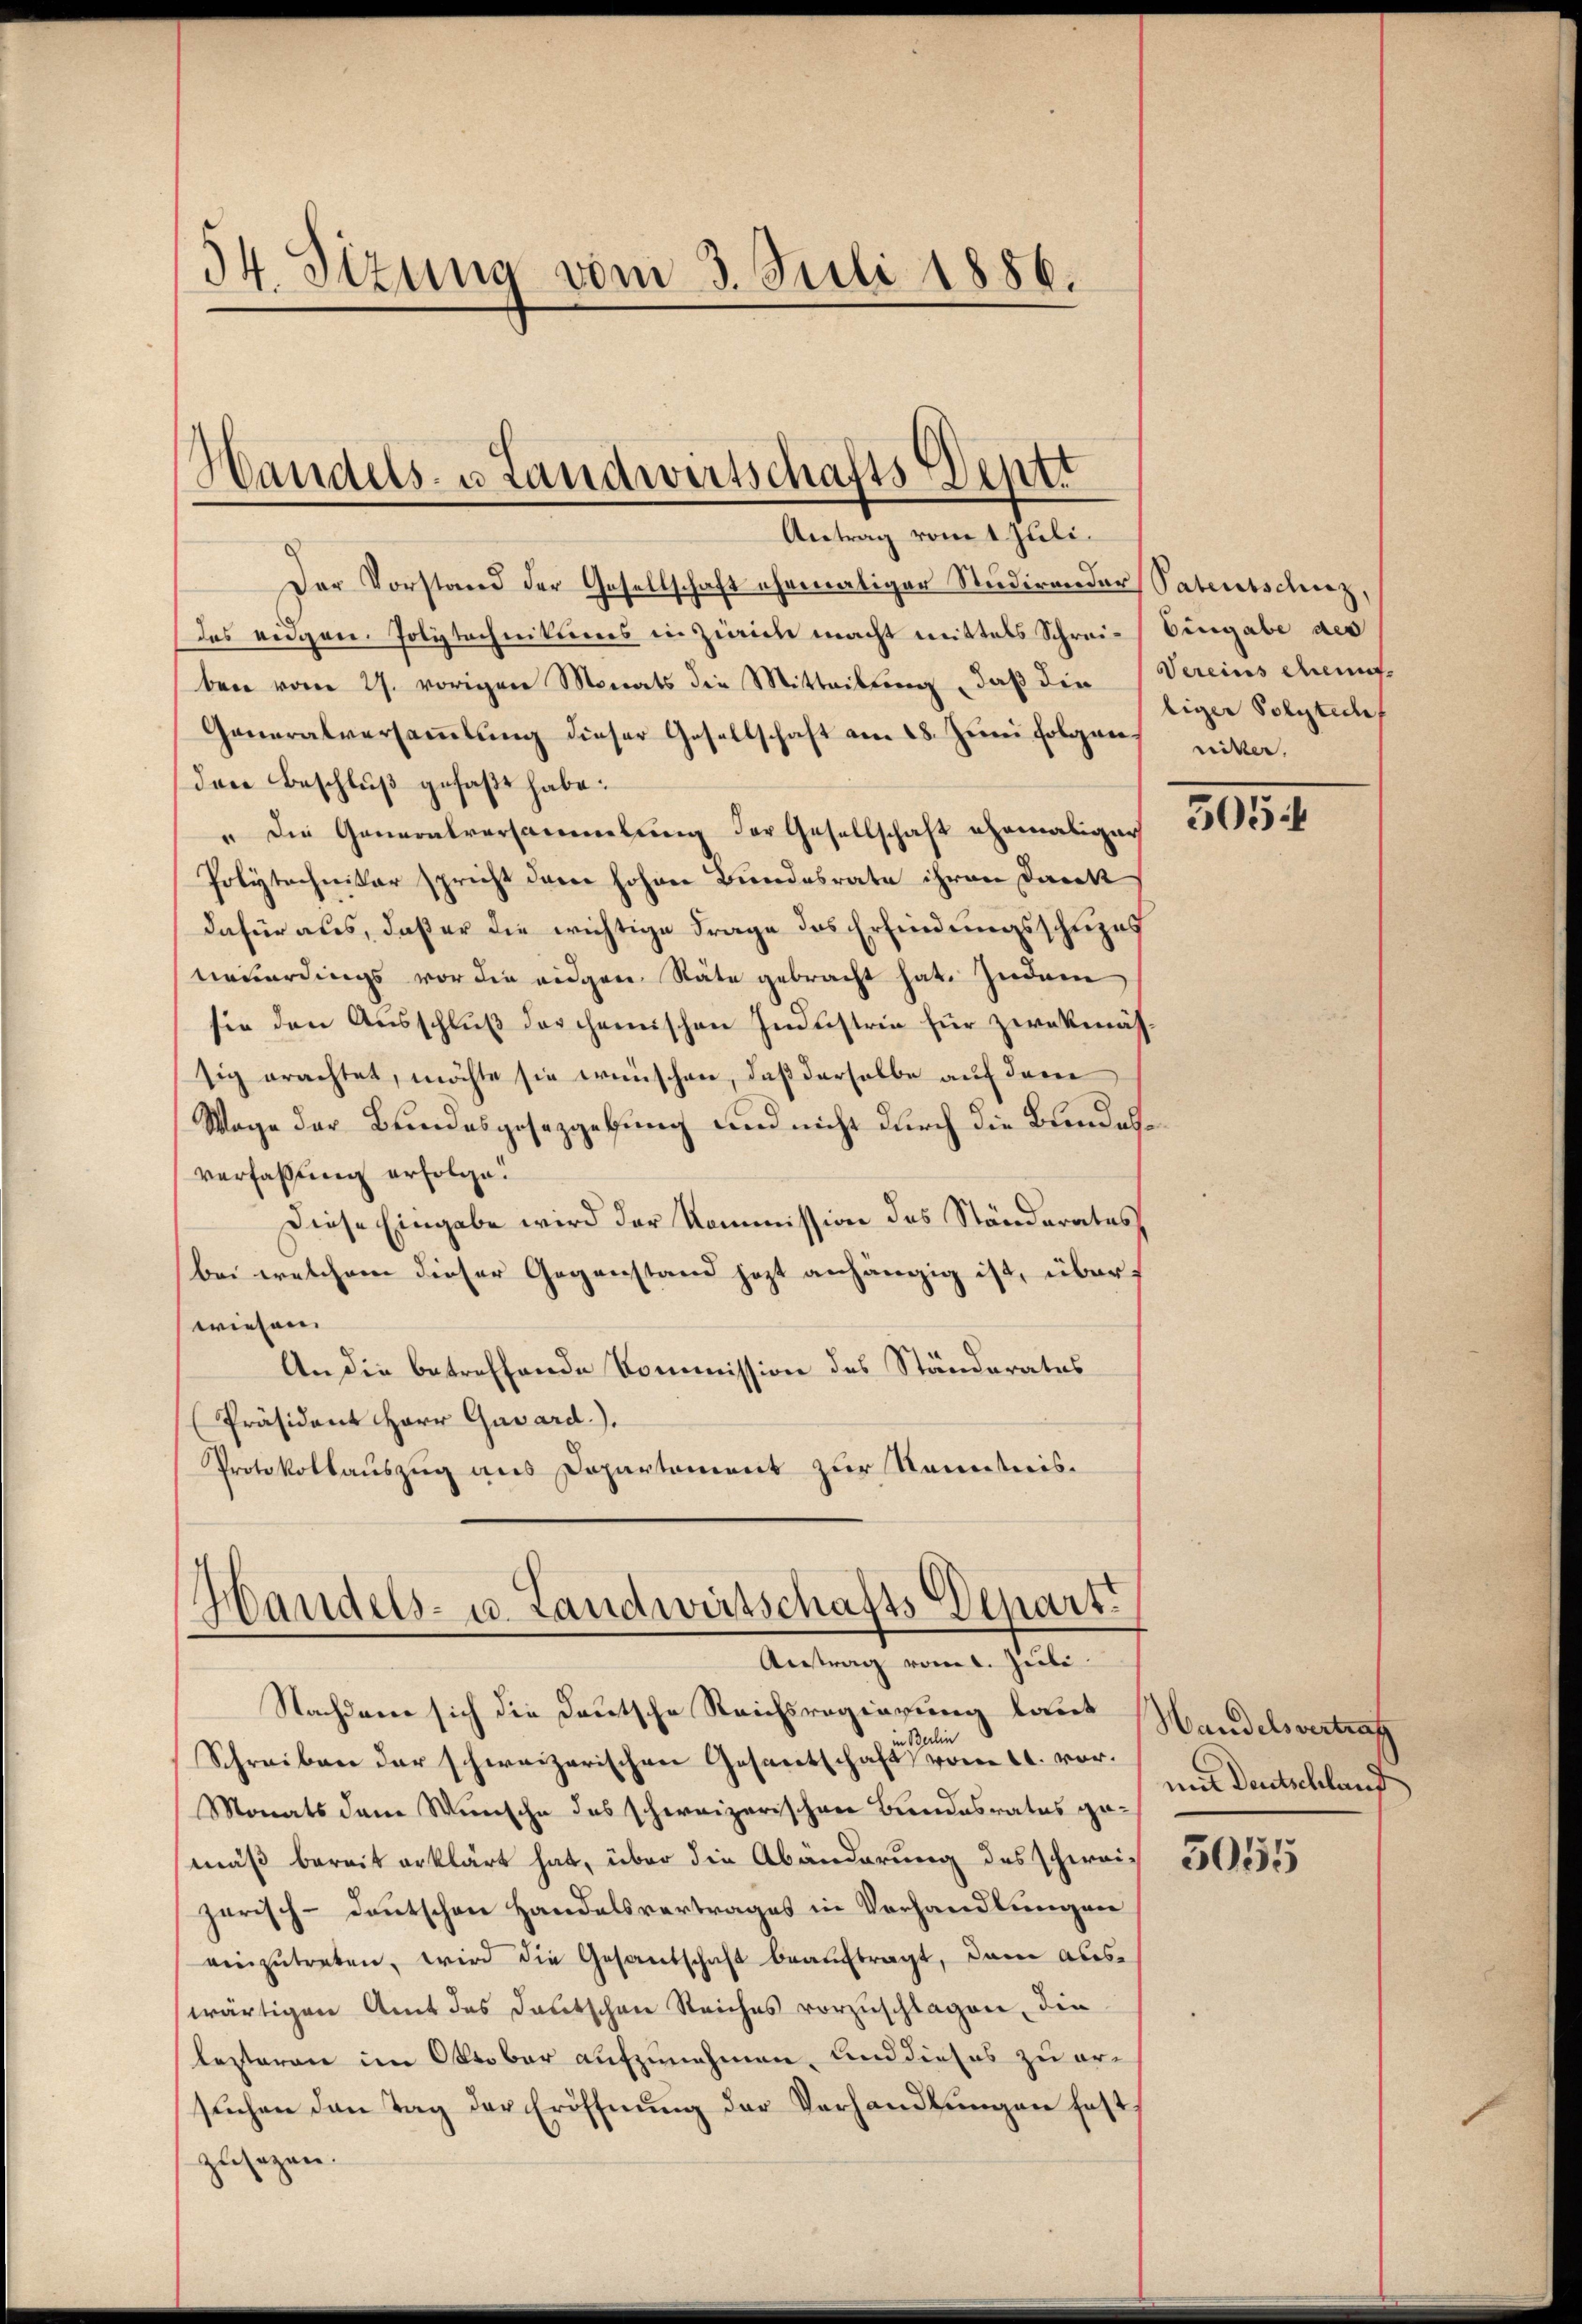
34. Sizung vom 3. Juli 1886.

Handels- u Landwirtschafts Deptt

Antrag vom 1 Juli.
Der Vorstand der Gesellschaft ehemaliger Studirender Patentschinz,
das eidgen. Polytechnikums in Zeich macht mittels Schrei- Eingabe des
ben vom 27. vorigen Monats die Mitteilung, daß die Vereinschent¬
Generalversammlung dieser Gesellschaft am 28. Juni folgens niker¬
Den Beschluß gefaßt habe.
" die Generalversammlung der Gesellschaft ehemaliger
Polytechnitar spricht der hohen Bundesrate ihren Dank
dafür ales, daß er die wichtige Frage des Erfindungsschuzes
neuerdings vor die eidgen Räte gebracht hat. Zudem
sie den Ausschluß der chemischen Industrie für zwekmäs-
sig erachtet, möchte sie wünschen, daß derselbe auf dem
Wage der Bundesgesetzgebung und nicht durch die Bundesverfaßung erfolge.
Diese Eingabe wird der Kommission des Ständerates
bei welchem dieser Gegenstand jezt anhängig ist, überwiesen.
An die betreffende Kommission des Ständerates
Präsident Herr Gavard.).
Protokollauszug aus Departoniret zur Kenntnis.

Handels- u. Landwirtschafts Depart.
Antrag vom 1. Juli

Nachdem sich die Deutsche Reichsregierung laut Handelsvertrag
in Balin
Schreiben der schweizerischen Gesandtschaft vom 21. vor.
Monats dem Wunsche des schweizerischen Bundesrates gemäß bereit erklärt hat, über die Abänderung des schwei-
zerisch-deutschen Handelsvertrages in Verhandlungen
einzutreten, wird die Gesandschaft beauftragt, dann auswärtigen Amt des deutschen Reiches vorzuschlagen, die
lesteren im Oktober aufzunehmen, und dieses zu ersuchen den Tag der Eröffnung der Verhandlungen fest,
zusagen.

liger Polyteche

505:

mit Deutschland

5055